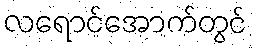
လရောင်အောက်တွင်